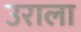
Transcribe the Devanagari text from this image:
उराला